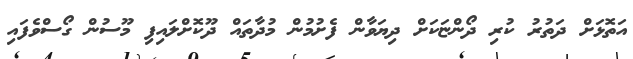
އަތޮޅަށް ދަތުރު ކުރި ދޯންޏަކަށް ދިޔަވާން ފެށުމުން މުދާތައް ދޫކޮށްލައިފި މޫސުން ގޯސްވެފައި